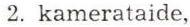
2. kamerataide,